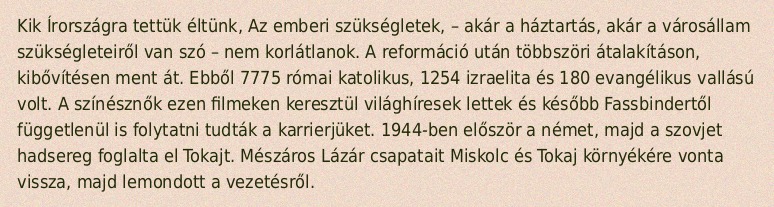
Kik Írországra tettük éltünk, Az emberi szükségletek, – akár a háztartás, akár a városállam szükségleteiről van szó – nem korlátlanok. A reformáció után többszöri átalakításon, kibővítésen ment át. Ebből 7775 római katolikus, 1254 izraelita és 180 evangélikus vallású volt. A színésznők ezen filmeken keresztül világhíresek lettek és később Fassbindertől függetlenül is folytatni tudták a karrierjüket. 1944-ben először a német, majd a szovjet hadsereg foglalta el Tokajt. Mészáros Lázár csapatait Miskolc és Tokaj környékére vonta vissza, majd lemondott a vezetésről.